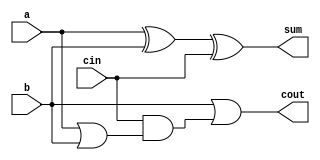
module full_adder5(a,b,cin,sum,cout);
input a,b,cin;
output sum,cout;
assign sum = a^b^cin;
assign cout = 1'b1&b|cin&(a|b); 
// initial begin
//     $display("The incorrect adder with and0 having in1/1");
// end   
endmodule